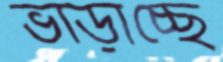
ভাঁড়াচ্ছে